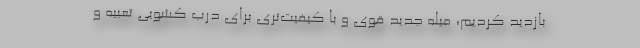
بازدید کردیم، میله جدید قوی و با کیفیت‌تری برای درب کشویی تعبیه و